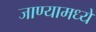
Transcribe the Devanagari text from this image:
जाण्यामध्ये